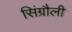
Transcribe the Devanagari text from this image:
सिंग्रौली